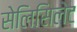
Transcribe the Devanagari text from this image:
सेलिसिलेट